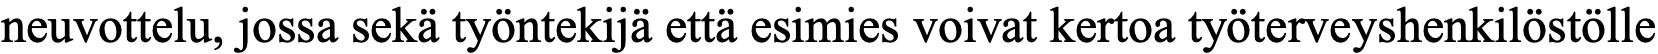
neuvottelu, jossa sekä työntekijä että esimies voivat kertoa työterveyshenkilöstölle